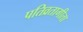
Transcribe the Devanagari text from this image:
पतिव्रतागीता